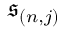
\mathfrak { s } _ { ( n , j ) }